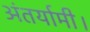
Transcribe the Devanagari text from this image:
अंतर्यामी।